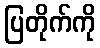
ပြတိုက်ကို